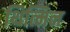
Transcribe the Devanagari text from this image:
थित्मिन